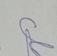
Signature authenticity: genuine